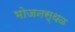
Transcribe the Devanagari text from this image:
भोजनस्थळ